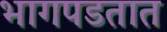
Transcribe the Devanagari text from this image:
भागपडतात